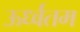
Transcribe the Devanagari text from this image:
ऊर्ध्वतम